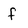
Character: f